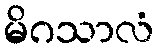
မိဂသာလံ